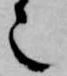
也